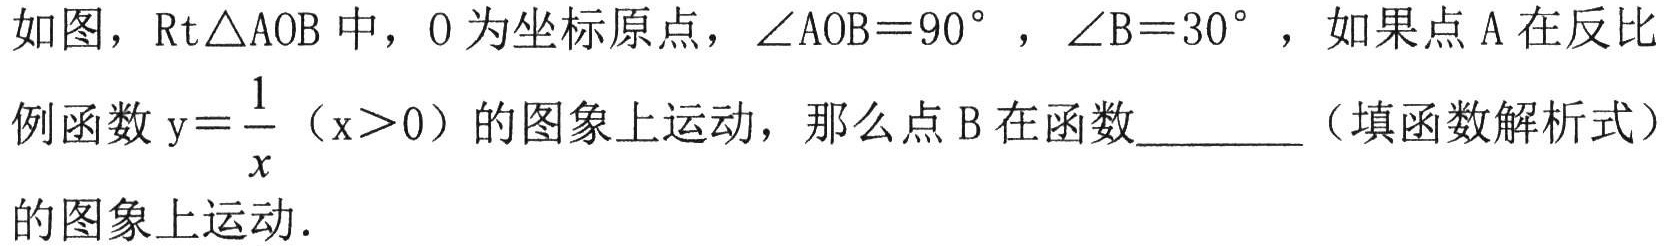
如图，$\text{Rt}\triangle\text{AOB}$中，$O$为坐标原点，$\angle\text{AOB}=90^{\circ}$，$\angle\text{B}=30^{\circ}$，如果点$\text{A}$在反比例函数$\text{y}=\dfrac{1}{x}$（$x > 0$）的图象上运动，那么点$\text{B}$在函数________（填函数解析式）的图象上运动.